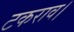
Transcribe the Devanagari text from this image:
टकराव।